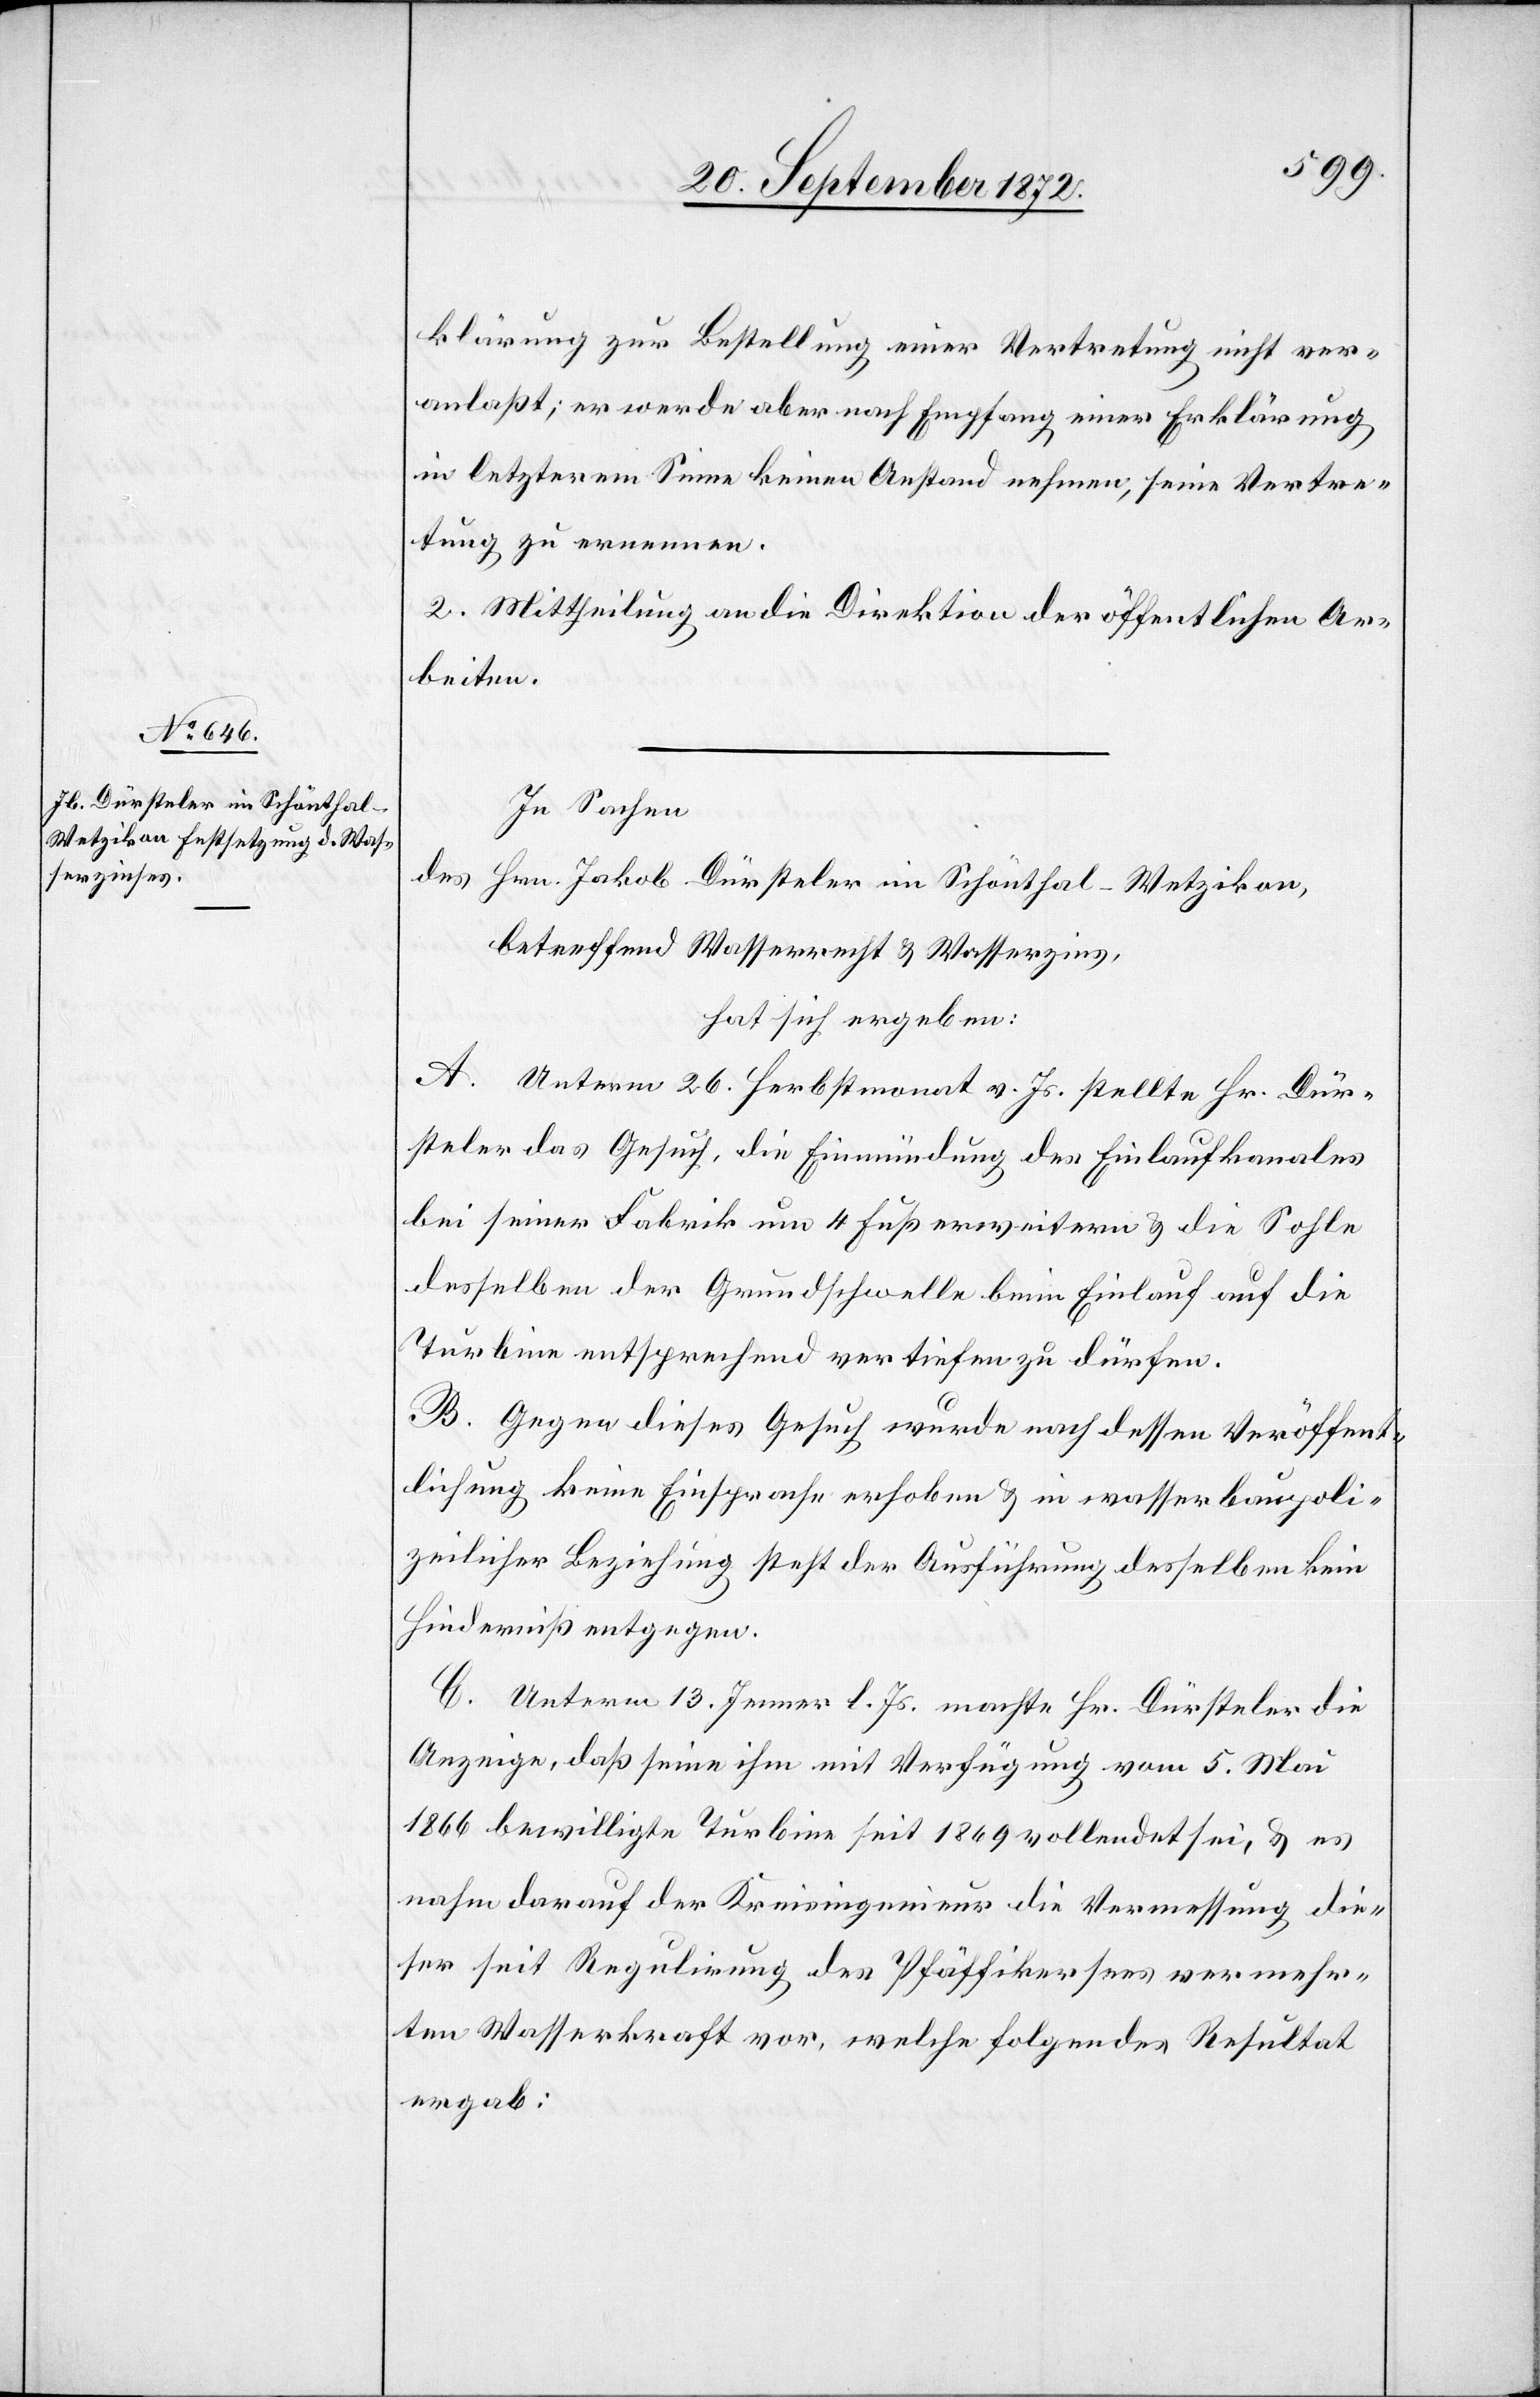
klärung zur Bestellung einer Vertretung nicht ver¬
anlaßt; er werde aber nach Empfang einer Erklärung
in letzterem Sinne keinen Anstand nehmen, seine Vertre¬
tung zu ernennen.
2. Mittheilung an die Direktion der öffentlichen Ar¬
beiten.
In Sachen
des
Hrn. Jakob Dürsteler im Schönthal-Wetzikon,
betreffend Wasserrecht u. Wasserzins,
hat sich ergeben:
A. Unterm 26. Herbstmonat v. Js. stellte Hr. Dür¬
steler das Gesuch, die Einmündung des Einlaufkanales
bei seiner Fabrik um 4 Fuß erweitern u. die Sohle
desselben der Grundschwelle beim Einlauf auf die
Turbine entsprechend vertiefen zu dürfen.
B. Gegen dieses Gesuch wurde nach dessen Veröffent¬
lichung keine Einsprache erhoben u. in wasserbaupoli¬
zeilicher Beziehung steht der Ausführung desselben kein
Hinderniß entgegen.
C. Unterm 13. Jenner l. Js. machte Hr. Dürsteler die
Anzeige, daß seine ihm mit Verfügung vom 5. Mai
1866 bewilligte Turbine seit 1869 vollendet sei, u. es
nahm darauf der Kreisingenieur die Vermessung die¬
ser seit Regulirung des Pfäffikersees vermehr¬
ten Wasserkraft vor, welche folgendes Resultat
ergab: